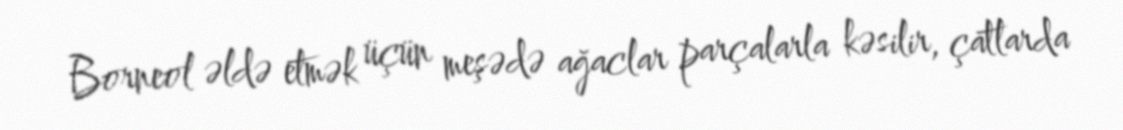
Borneol əldə etmək üçün meşədə ağaclar parçalarla kəsilir, çatlarda